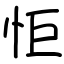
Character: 怇